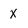
Character: X